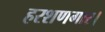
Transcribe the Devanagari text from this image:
हरशणगार।